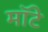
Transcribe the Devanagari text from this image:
मॉटे